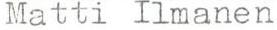
Matti Ilmanen